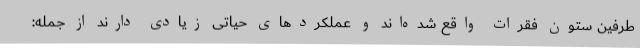
طرفین ستون فقرات واقع شده‌اند و عملکرد‌های حیاتی زیادی دارند از جمله: